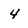
Character: 4